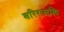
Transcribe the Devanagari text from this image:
शरिरासक्ति